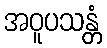
အဝူပသန္တံ